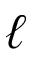
\ell